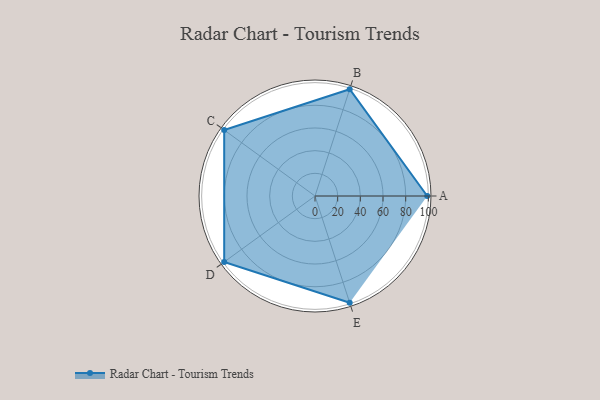
{"axis": {"x": "Skill", "y": "Score"}, "legend": ["Profile"], "data": [{"x": "A", "y": 99.0, "type": "Profile"}, {"x": "B", "y": 99, "type": "Profile"}, {"x": "C", "y": 99, "type": "Profile"}, {"x": "D", "y": 99, "type": "Profile"}, {"x": "E", "y": 99, "type": "Profile"}]}